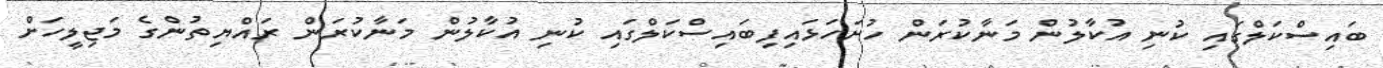
ބައިސްކަލްގައި ކުނި އުކާލުން މަނާކުރަން ހުށަހަޅައިފިބައިސްކަލްގައި ކުނި އުކާލުން މަނާކުރަން ރައްޔިތުންގެ މަޖިލީހަށް